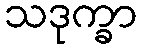
သဒုက္ခာ